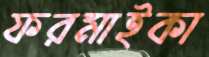
ফরমাইকা